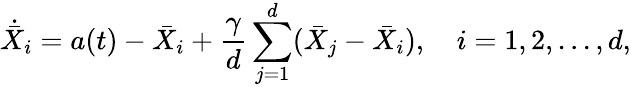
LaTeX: \dot{\bar{X}}_{i}=a(t)-\bar{X}_{i}+\frac{\gamma}{d}\sum_{j=1}^{d}(\bar{X}_{j}-\bar{X}_{i}),\quad i=1,2,...,d,